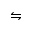
\leftrightharpoons